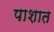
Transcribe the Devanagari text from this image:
पाशात